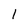
Character: 1